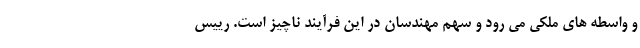
و واسطه های ملکی می رود و سهم مهندسان در این فرآیند ناچیز است. رییس